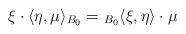
LaTeX: \begin{align*}\xi\cdot \langle \eta,\mu\rangle_{B_0}={}_{B_0}\langle \xi,\eta \rangle\cdot \mu \end{align*}